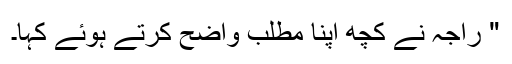
" راجہ نے کچھ اپنا مطلب واضح کرتے ہوئے کہا۔